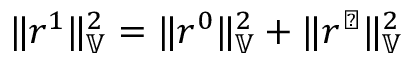
\| r ^ { 1 } \| _ { \mathbb { V } } ^ { 2 } = \| r ^ { 0 } \| _ { \mathbb { V } } ^ { 2 } + \| r ^ { \perp } \| _ { \mathbb { V } } ^ { 2 }